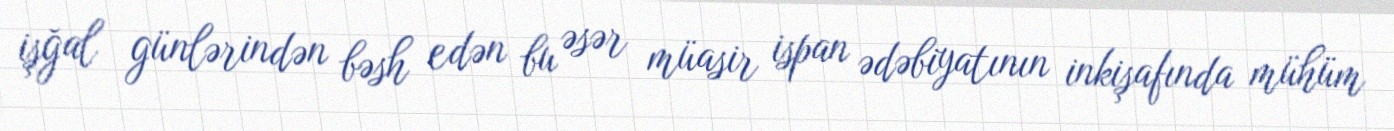
işğal günlərindən bəsh edən bu əsər müasir ispan ədəbiyatının inkişafında mühüm